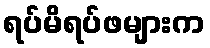
ရပ်မိရပ်ဖများက